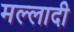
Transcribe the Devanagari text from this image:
मल्लादी